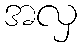
အလှ